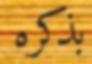
بذكره